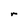
Character: r